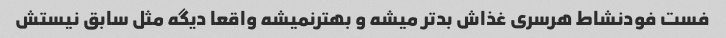
فست فودنشاط هرسری غذاش بدتر میشه و بهترنمیشه واقعا دیگه مثل سابق نیستش